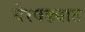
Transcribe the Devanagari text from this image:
येरवड्यात